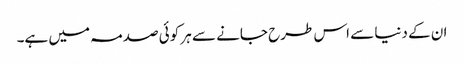
ان کے دنیا سے اس طرح جانے سے ہر کوئی صدمہ میں ہے۔